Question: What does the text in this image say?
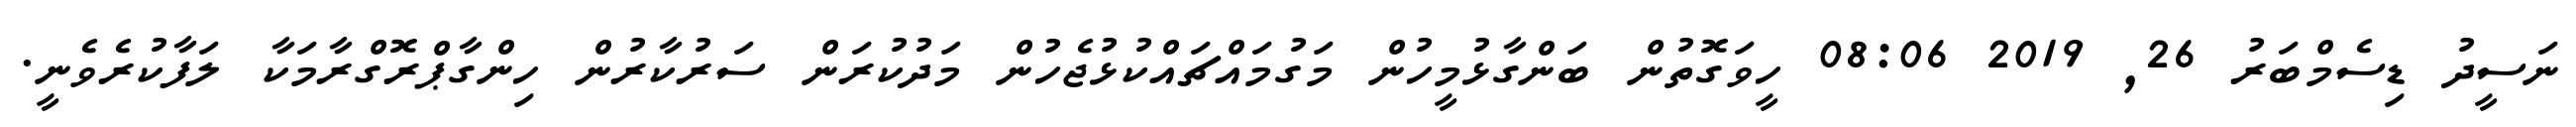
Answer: ނަސީދު ޑިސެމްބަރު 26, 2019 08:06 ހީވަގޮތުން ބަންގާޅުމީހުން މަގުމައްޗައްކުޅުޖެހުން މަދުކުރަން ސަރުކާރުން ހިންގާޕްރޮގްރާމަކާ ލަފާކުރެވެނީ.